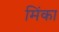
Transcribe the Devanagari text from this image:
मिंका